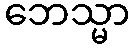
ဘေသ္မာ